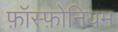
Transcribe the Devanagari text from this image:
फ़ॉस्फ़ोनियम